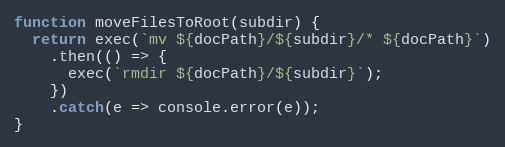
Language: JavaScript
function moveFilesToRoot(subdir) {
  return exec(`mv ${docPath}/${subdir}/* ${docPath}`)
    .then(() => {
      exec(`rmdir ${docPath}/${subdir}`);
    })
    .catch(e => console.error(e));
}